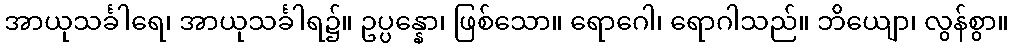
အာယုသင်္ခါရေ၊ အာယုသင်္ခါရ၌။ ဥပ္ပန္နော၊ ဖြစ်သော။ ရောဂေါ၊ ရောဂါသည်။ ဘိယျော၊ လွန်စွာ။